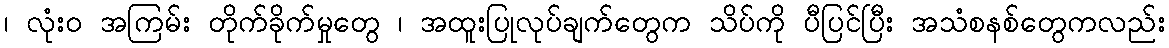
၊ လုံးဝ အကြမ်း တိုက်ခိုက်မှုတွေ ၊ အထူးပြုလုပ်ချက်တွေက သိပ်ကို ပီပြင်ပြီး အသံစနစ်တွေကလည်း